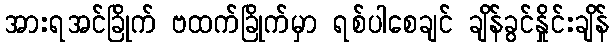
အားရအင်ခြိုက် ဗထက်ခြိုက်မှာ ရစ်ပါစေချင် ချိန်ခွင်နှိုင်းချိန်